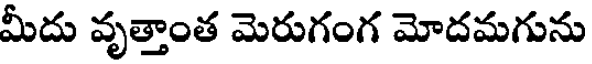
మీదు వృత్తాంత మెరుగంగ మోదమగును